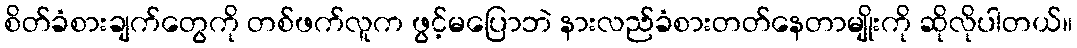
စိတ်ခံစားချက်တွေကို တစ်ဖက်လူက ဖွင့်မပြောဘဲ နားလည်ခံစားတတ်နေတာမျိုးကို ဆိုလိုပါတယ်။